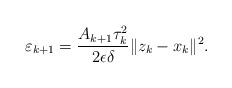
LaTeX: \begin{align*}\varepsilon_{k+1} =\frac{A_{k+1} \tau_k^2}{2\epsilon\delta} \|z_k - x_k\|^2.\end{align*}